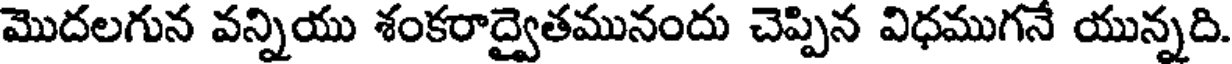
మొదలగున వన్నియు శంకరాద్వైతమునందు చెప్పిన విధముగనే యున్నది.